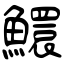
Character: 鱞